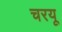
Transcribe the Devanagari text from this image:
चरयू